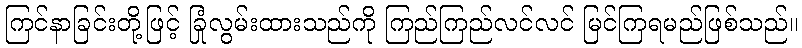
ကြင်နာခြင်းတို့ဖြင့် ခြုံလွမ်းထားသည်ကို ကြည်ကြည်လင်လင် မြင်ကြရမည်ဖြစ်သည်။